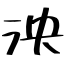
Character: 泱